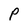
Character: P